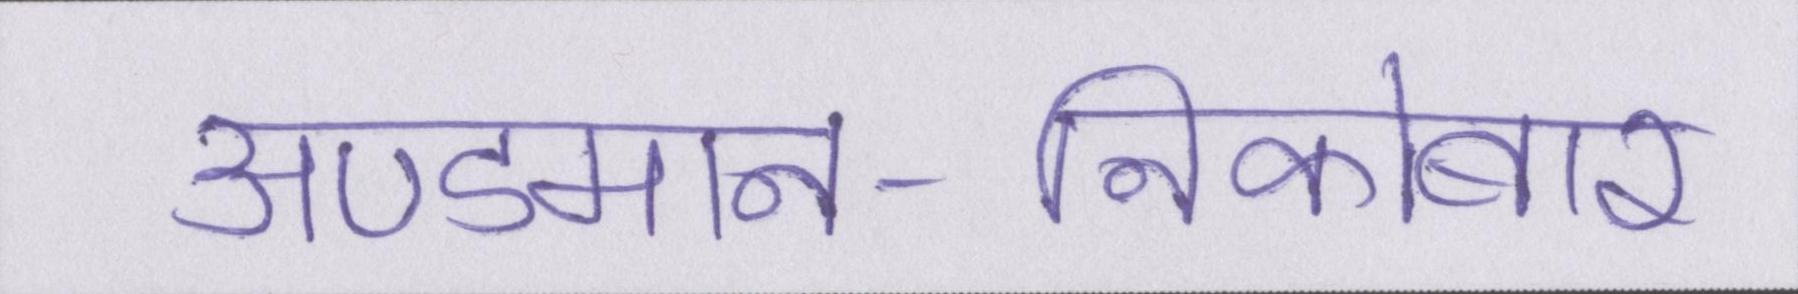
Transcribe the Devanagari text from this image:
अण्डमान-निकोबार